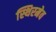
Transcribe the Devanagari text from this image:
स्थिरमेव